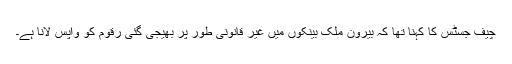
چیف جسٹس کا کہنا تھا کہ بیرون ملک بینکوں میں غیر قانونی طور پر بھیجی گئی رقوم کو واپس لانا ہے۔